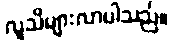
လူသိများလာပါသည်။